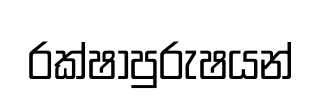
රක්ෂාපුරුෂයන්